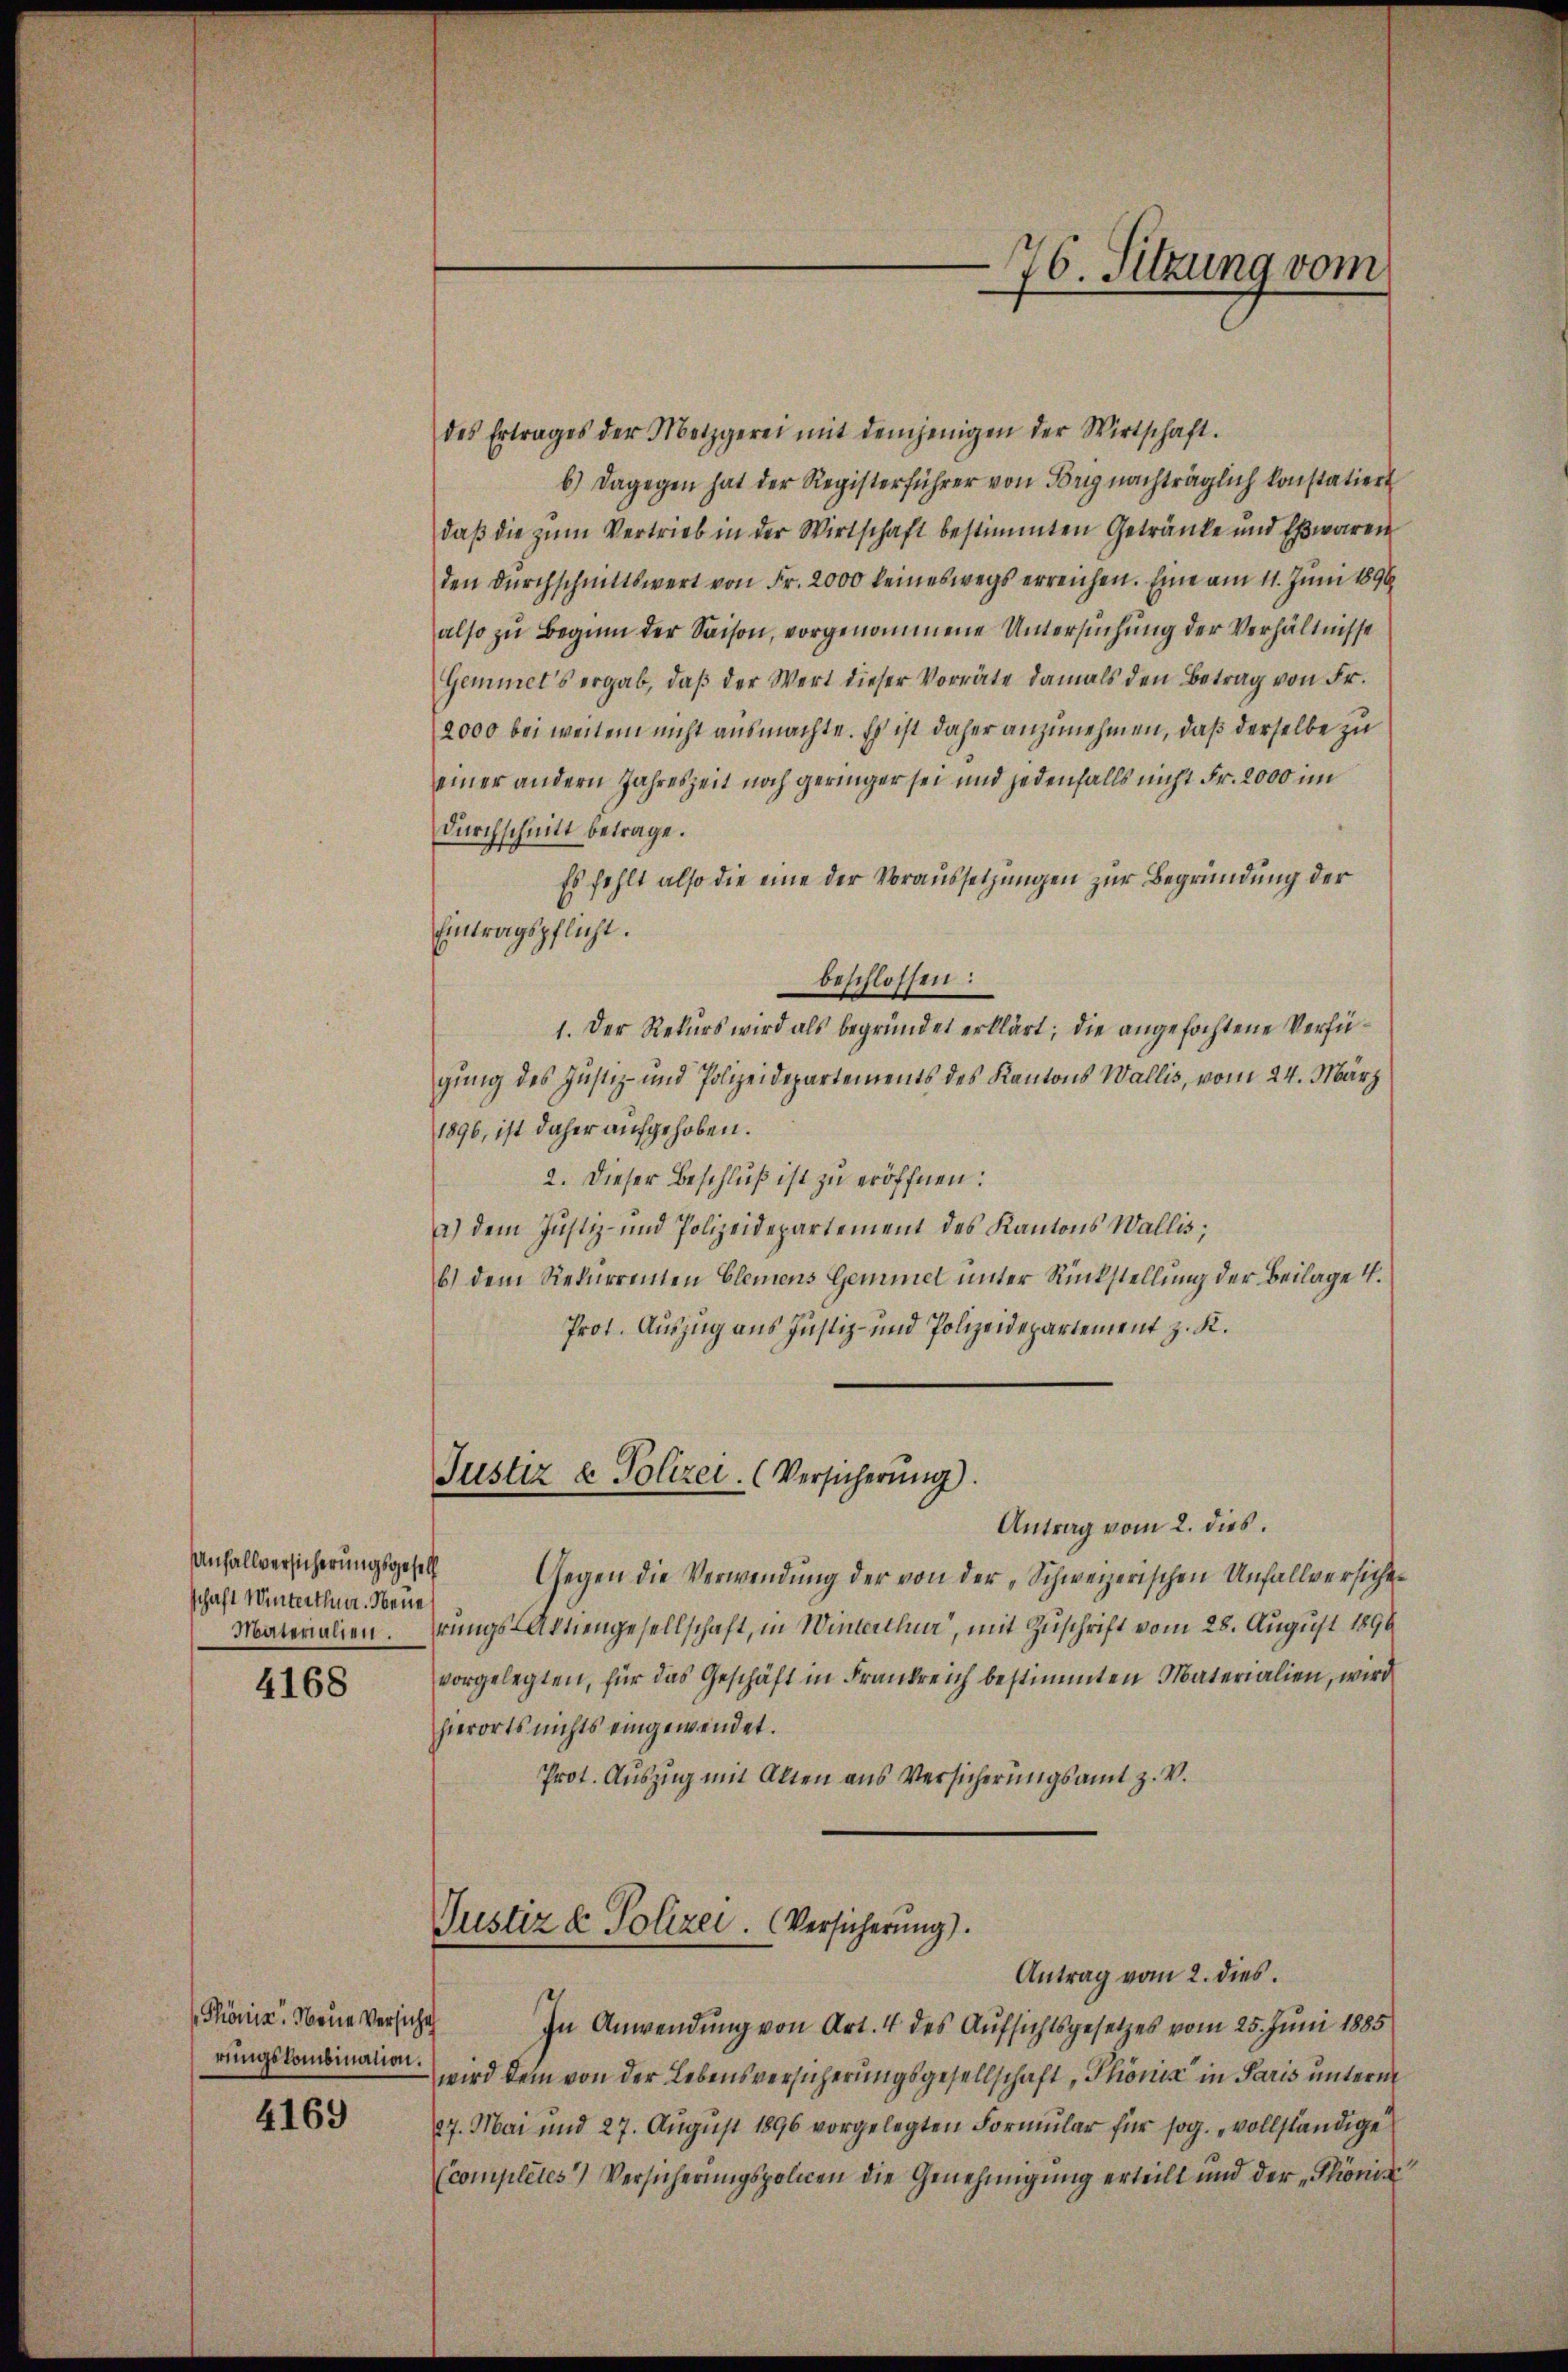
schaft Winterthun. Neue
Materialien.

4168

Phönis. Weine Versiche
rungskombination.

4169

76. Sitzung vom

des Ertrages der Metzgerei mit demjenigen der Wirtschaft.
b.) Dagegen hat der Registerführer von Hörig nachträglich konstatiert
daß die zum Vertrieb in der Wirtschaft bestimmten Getränke und Eßwaren
den durchschnittswert von Fr. 2000 keineswegs erreichen. Eine am 11. Juni 1890
also zu Beginn der Saison, vorgenommene Untersuchung der Verhältnisse
Gemmet’s ergab, daß der Wert dieser Vorräte damals den Betrag von Fr.
2000 bei weitem nicht ausmachte. Es ist daher anzunehmen, daß derselbe zu
einer andern Jahreszeit noch geringer sei und jedenfalls nicht Fr. 2000 im
Durchschnitt betrage.
Es fehlt also die eine der Voraussetzungen zur Begründung der
Eintragspflicht.
beschlossen:
1. Der Rekurs wird als begründet erklärt; die angefochtene Verfügung des Justiz- und Polizeidepartements des Kantons Wallis, vom 24. März
1896, ist daher aufgehoben.
2. Dieser Beschluß ist zu eröffnen:
a.) dem Justiz- und Polizeidepartement des Kantons Wallis,
b) dem Rekurrenten Elemens Gemmel unter Rückstellung der Beilage 4.
Prot. Auszug aus Justiz- und Polizeidepartement z. K.
Justiz & Polizei. (Versicherŭng.
Antrag vom 2. dies
Anfallversicherungsgesetz Gegen die Verwendung der von der „Schweizerischen Unfallversicherungs-Aktiengesellschaft, in Winterthun, mit Zuschrift vom 28. August 1890
vorgelegten, für das Geschäft in Frankreich bestimmten Materialien, wird
hierorts nichts eingewendet.
Prot. Auszug mit Alten aus Versicherungsamt z. V.
Justiz & Polizei. (Versicherung).
Antrag vom 2. dies
In Anwendung von Art. 4 des Aufsichtsgesetzes vom 25. Juni 1885
wird dem von der Lebensversicherungsgesellschaft, Thonis in Paris unterm
27. Mai und 27. Aŭgŭst 1896 vorgelegten Formŭlar für sog. „vollständige
Ccomplétes) Versicherungspolicen die Genehmigung erteilt und der „Phöniz